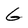
Character: G